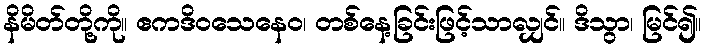
နိမိတ်တို့ကို။ ဧကဒိဝသေနေဝ၊ တစ်နေ့ခြင်းဖြင့်သာလျှင်။ ဒိသွာ၊ မြင်၍။